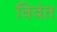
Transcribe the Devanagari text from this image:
विवंत